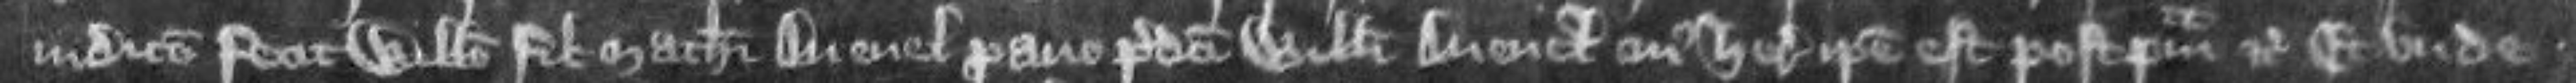
judicio fecit Willelmo filio Mathei Avenel proavo predicti Willelmi Avenel cuius heres ipse est postquam etc Et unde